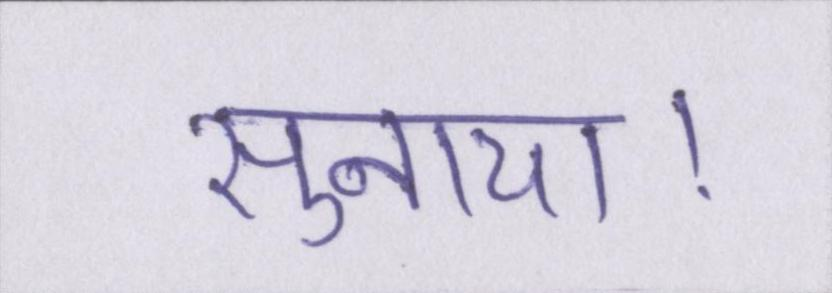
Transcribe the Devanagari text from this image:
सुनाया।